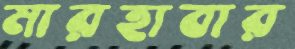
মারহাবার